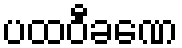
ပထဝီခဏေ